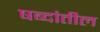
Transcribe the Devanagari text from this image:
षब्दांतील